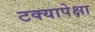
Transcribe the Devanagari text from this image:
टक्यापेक्षा